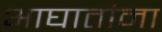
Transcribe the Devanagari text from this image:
आघातांना